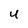
Character: U